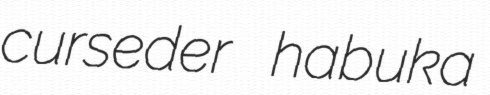
curseder habuka